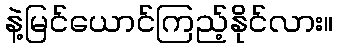
နဲ့မြင်ယောင်ကြည့်နိုင်လား။